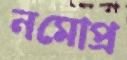
নমোপ্র